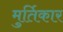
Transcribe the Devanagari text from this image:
मुर्तिकार